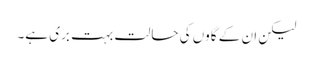
لیکن ان کے گاوں کی حالت بہت بری ہے۔